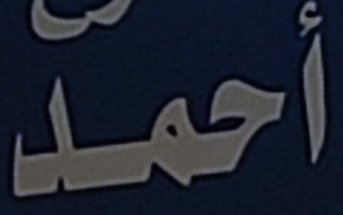
أحمد